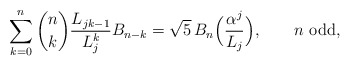
\begin{align*}\sum_{k = 0}^n \binom nk \frac{L_{jk-1}}{L_j^k} B_{n-k} =\sqrt5\, B_n\Big(\frac{\alpha ^j }{L_j}\Big),\qquad\mbox{$n$ odd},\end{align*}